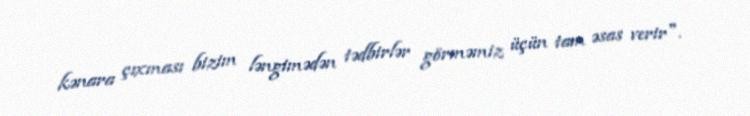
kənara çıxması bizim ləngimədən tədbirlər görməmiz üçün tam əsas verir".